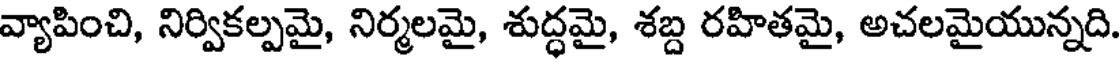
వ్యాపించి, నిర్వికల్పమై, నిర్మలమై, శుద్ధమై, శబ్ద రహితమై, అచలమైయున్నది.